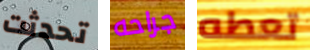
تحدثت جراحه تعطه